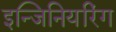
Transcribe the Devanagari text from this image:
इन्जिनियरिंग